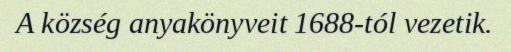
A község anyakönyveit 1688-tól vezetik.